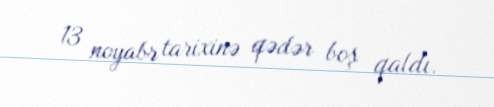
13 noyabr tarixinə qədər boş qaldı.